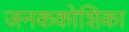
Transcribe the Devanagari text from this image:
जनककोशिका